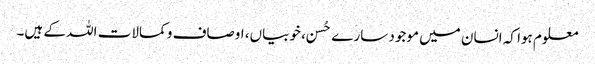
معلوم ہوا کہ انسان میں موجود سارے حُسن، خوبیاں، اوصاف و کمالات اللہ کے ہیں۔